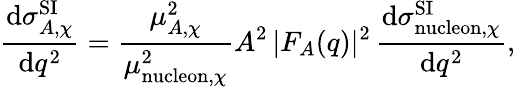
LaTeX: \frac{\mathrm{d}\sigma_{A,\chi}^{\mathrm{SI}}}{\mathrm{d}q^{2}}=\frac{\mu_{A,\chi}^{2}}{\mu_{\mathrm{nucleon},\chi}^{2}}A^{2}\, |F_{A}(q)|^{2}\, \frac{\mathrm{d}\sigma_{\mathrm{nucleon},\chi}^{\mathrm{SI}}}{\mathrm{d}q^{2}},